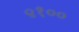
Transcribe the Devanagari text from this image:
९१००